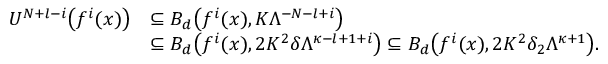
\begin{array} { r l } { U ^ { N + l - i } \bigl ( f ^ { i } ( x ) \bigr ) } & { \subseteq B _ { d } \bigl ( f ^ { i } ( x ) , K \Lambda ^ { - N - l + i } \bigr ) } \\ & { \subseteq B _ { d } \bigl ( f ^ { i } ( x ) , 2 K ^ { 2 } \delta \Lambda ^ { \kappa - l + 1 + i } \bigr ) \subseteq B _ { d } \bigl ( f ^ { i } ( x ) , 2 K ^ { 2 } \delta _ { 2 } \Lambda ^ { \kappa + 1 } \bigr ) . } \end{array}